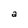
Character: a